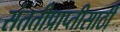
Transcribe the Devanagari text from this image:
संततीप्राप्तीसाठी